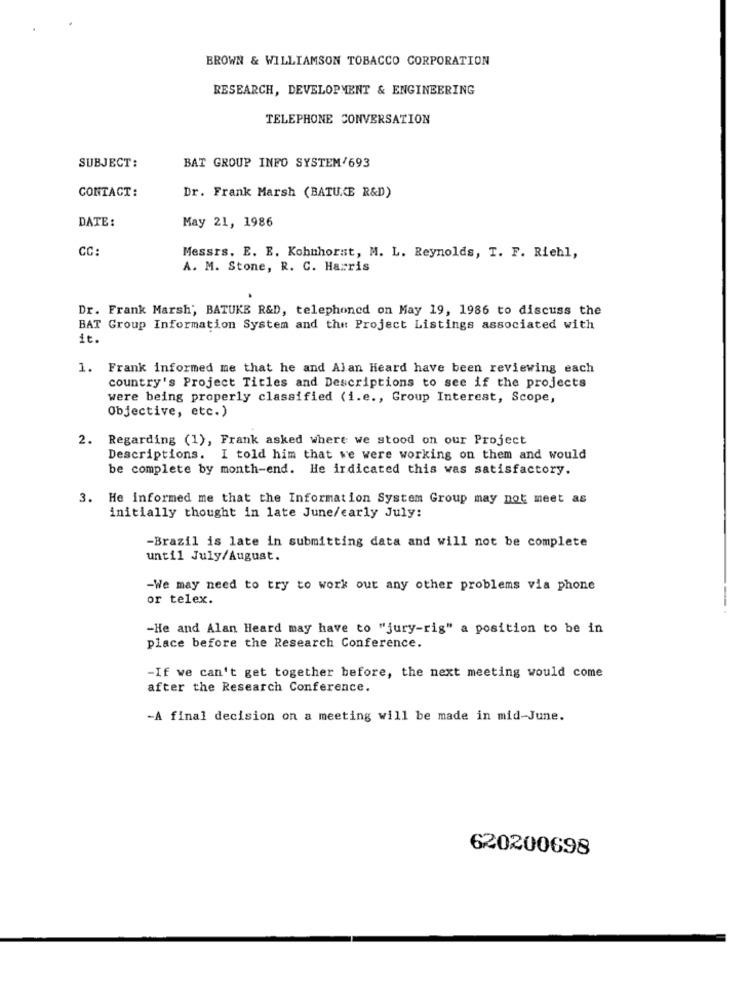
BROWN & WILLIAMSON TOBACCO CORPORATION
RESEARCH, DEVELOPMENT & ENGINEERING
TELEPHONE CONVERSATION
SUBJECT:
BAT GROUP INFO SYSTEM/693
CONTACT:
Dr. Frank Marsh (BATUCE R&D)
May 21, 1986
DATE:
CC
Messrs. E. E. Kohnhorst, M. L. Reynolds, I. F. Riehl,
A. M. Stone, R. C. Harris
Dr. Frank Marsh', BATUKE R&D, telephoned on May 19, 1986 to discuss the
BAT Group Information System and the Project Listings associated with
it.
1. Frank informed me that he and Alan Heard have been reviewing each
country's Project Titles and Descriptions to see if the projects
were being properly classified (i.e ., Group Interest, Scope,
Objective, etc.)
2. Regarding (1), Frank asked where we stood on our Project
Descriptions. I told him that we were working on them and would
be complete by month-end. He irdicated this was satisfactory.
3. He informed me that the Information System Group may not meet as
initially thought in late June/early July:
-Brazil is late in submitting data and will not be complete
until July/August.
-We may need to try to work out any other problems via phone
or telex.
-
-He and Alan Heard may have to "jury-rig" a position to be in
place before the Research Conference.
-If we can't get together before, the next meeting would come
after the Research Conference.
-A final decision on a meeting will be made in mid-June.
620200698